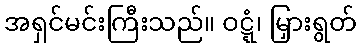
အရှင်မင်းကြီးသည်။ ဝဋ္ဋံ၊ မြှားရွတ်